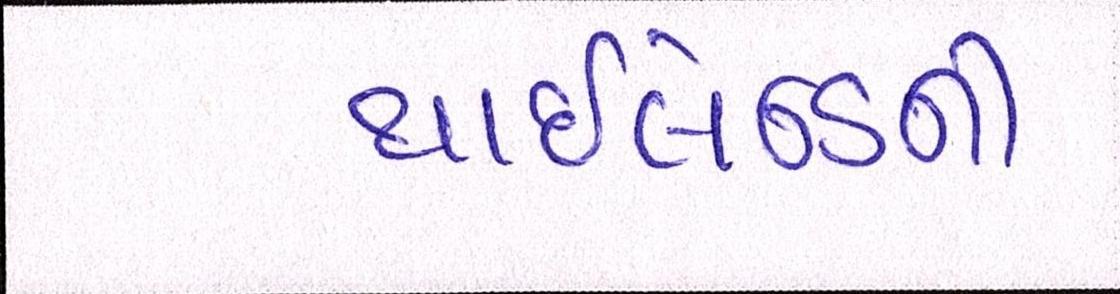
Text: થાઇલેન્ડની